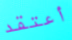
أعتقد